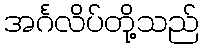
အင်္ဂလိပ်တို့သည်